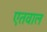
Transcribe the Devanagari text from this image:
एतवाल